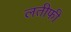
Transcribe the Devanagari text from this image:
लतीफी